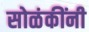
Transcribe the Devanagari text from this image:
सोळंकींनी